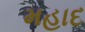
મહાદ